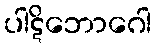
ပါဋိဘောဂေါ